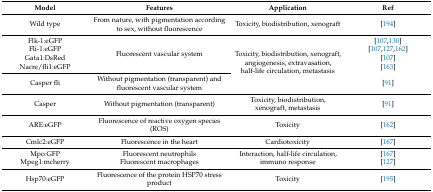
<table><thead><tr><td><b>Model</b></td><td><b>Features</b></td><td><b>Application</b></td><td><b>Ref</b></td></tr></thead><tbody><tr><td>Wild type</td><td>From nature, with pigmentation according to sex, without fluorescence</td><td>Toxicity, biodistribution, xenograft</td><td>[194]</td></tr><tr><td>Flk-1:eGFP</td><td rowspan="4">Fluorescent vascular system</td><td rowspan="5">Toxicity, biodistribution, xenograft, angiogenesis, extravasation, half-life circulation, metastasis</td><td>[107,130]</td></tr><tr><td>Fli-1:eGFP</td><td>[107,127,162]</td></tr><tr><td>Gata1:DsRed</td><td>[107]</td></tr><tr><td>Nacre/fli1:eGFP</td><td>[163]</td></tr><tr><td>Casper fli</td><td>Without pigmentation (transparent) and fluorescent vascular system</td><td>[91]</td></tr><tr><td>Casper</td><td>Without pigmentation (transparent)</td><td>Toxicity, biodistribution, xenograft, metastasis</td><td>[91]</td></tr><tr><td>ARE:eGFP</td><td>Fluorescence of reactive oxygen species (ROS)</td><td>Toxicity</td><td>[162]</td></tr><tr><td>Cmlc2:eGFP</td><td>Fluorescence in the heart</td><td>Cardiotoxicity</td><td>[167]</td></tr><tr><td>Mpo:GFP</td><td>Fluorescent neutrophils</td><td rowspan="2">Interaction, half-life circulation, immuno response</td><td>[167]</td></tr><tr><td>Mpeg1:mcherry</td><td>Fluorescent macrophages</td><td>[127]</td></tr><tr><td>Hsp70:eGFP</td><td>Fluorescence of the protein HSP70 stress product</td><td>Toxicity</td><td>[195]</td></tr></tbody></table>